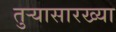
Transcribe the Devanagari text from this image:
तुर्‍यासारख्या